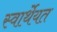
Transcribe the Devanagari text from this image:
स्वार्थेयत